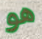
هو